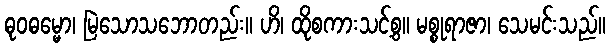
ဓုဝဓမ္မော၊ မြဲသောသဘောတည်း။ ဟိ၊ ထိုစကားသင့်စွ။ မစ္စုရာဇာ၊ သေမင်းသည်။